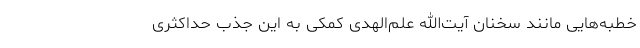
خطبه‌هایی مانند سخنان آیت‌الله علم‌الهدی کمکی به این جذب حداکثری